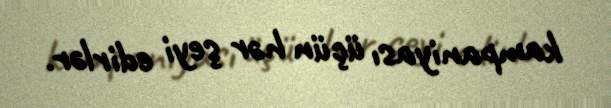
kampaniyası üçün hər şeyi edirlər.